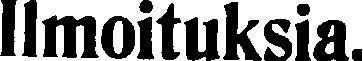
Imoituksia.